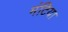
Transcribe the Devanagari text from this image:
मंटिया